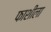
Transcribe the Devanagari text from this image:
फाशीला